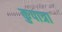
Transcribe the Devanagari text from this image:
कुपात्रा